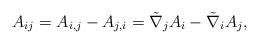
LaTeX: \begin{align*}A_{ij}=A_{i,j}-A_{j,i}=\tilde{\nabla}_{j}A_{i}-\tilde{\nabla}_{i}A_{j},\end{align*}